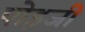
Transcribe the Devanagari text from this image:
पोइजी